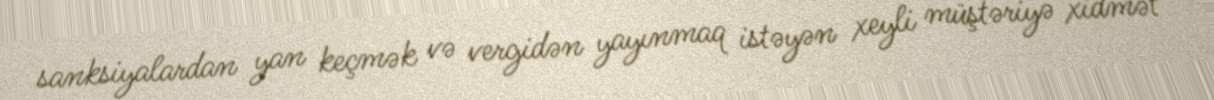
sanksiyalardan yan keçmək və vergidən yayınmaq istəyən xeyli müştəriyə xidmət